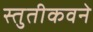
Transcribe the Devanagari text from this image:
स्तुतीकवने